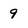
Character: 9